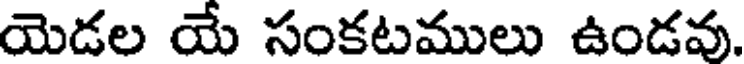
యెడల యే సంకటములు ఉండవు.